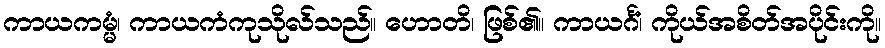
ကာယကမ္မံ၊ ကာယကံကုသိုလ်သည်။ ဟောတိ၊ ဖြစ်၏။ ကာယင်္ဂံ၊ ကိုယ်အစိတ်အပိုင်းကို။